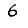
Digit: 6